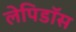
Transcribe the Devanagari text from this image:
लेपिडॉस